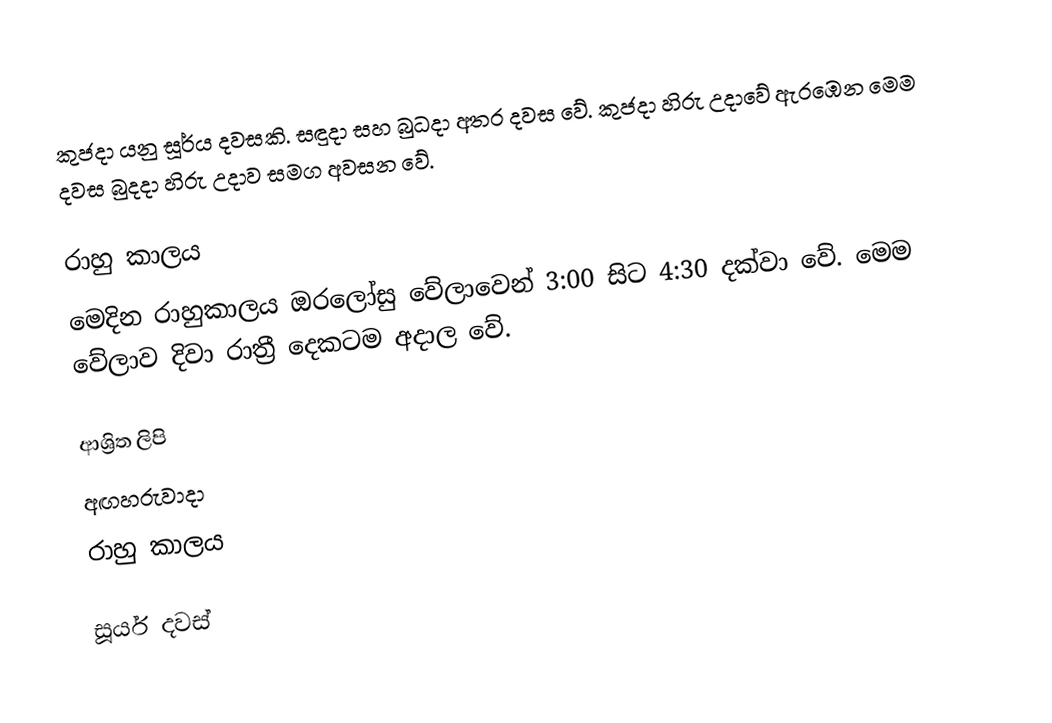
කුජදා යනු සූර්ය දවසකි. සඳුදා සහ බුධදා අතර දවස වේ. කුජදා  හිරු උදාවේ ඇරඹෙන මෙම දවස බුදදා  හිරු උදාව සමග අවසන වේ.

රාහු කාලය
මෙදින රාහුකාලය ඔරලෝසු වේලාවෙන් 3:00 සිට 4:30 දක්වා වේ. මෙම වේලාව දිවා රාත්‍රී දෙකටම අදාල වේ.

ආශ්‍රිත ලිපි
 අඟහරුවාදා
 රාහු කාලය

සූර්ය දවස්